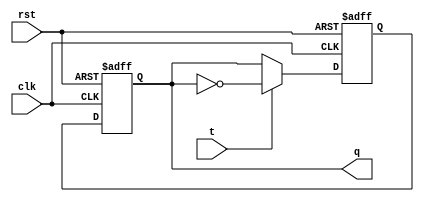
module t_latch (
    input rst,
    input clk,
    input t,
    output reg q
);

reg d;

always @ (posedge clk or posedge rst) begin
    if (rst) begin
        d <= 1'b0;
    end else begin
        if (t) begin
            d <= ~q;
        end else begin
            d <= q;
        end
    end
end

always @ (posedge clk or posedge rst) begin
    if (rst) begin
        q <= 1'b0;
    end else begin
        q <= d;
    end
end

endmodule